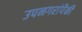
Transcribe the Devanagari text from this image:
उपनगरांपैकी